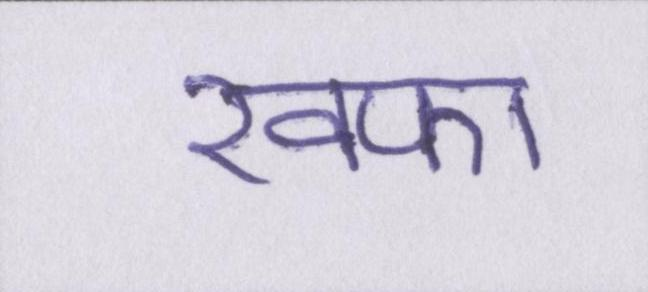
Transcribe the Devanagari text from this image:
खफा